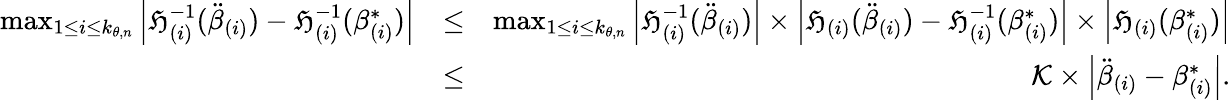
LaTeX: \begin{array}{rlr}{\operatorname*{max}_{1\leq i\leq k_{\theta,n}}\left\vert\mathfrak{H}_{(i)}^{-1}(\ddot{\beta}_{(i)})-\mathfrak{H}_{(i)}^{-1}(\beta_{(i)}^{\ast})\right\vert}&{\leq}&{\operatorname*{max}_{1\leq i\leq k_{\theta,n}}\left\vert\mathfrak{H}_{(i)}^{-1}(\ddot{\beta}_{(i)})\right\vert\times\left\vert\mathfrak{H}_{(i)}(\ddot{\beta}_{(i)})-\mathfrak{H}_{(i)}^{-1}(\beta_{(i)}^{\ast})\right\vert\times\left\vert\mathfrak{H}_{(i)}(\beta_{(i)}^{\ast})\right\vert}\\ &{\leq}&{\mathcal{K}\times\left\vert\ddot{\beta}_{(i)}-\beta_{(i)}^{\ast}\right\vert.}\end{array}